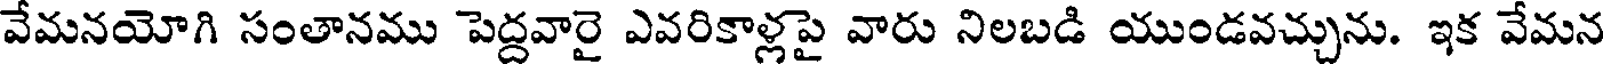
వేమనయోగి సంతానము పెద్దవారై ఎవరికాళ్లపై వారు నిలబడి యుండవచ్చును. ఇక వేమన